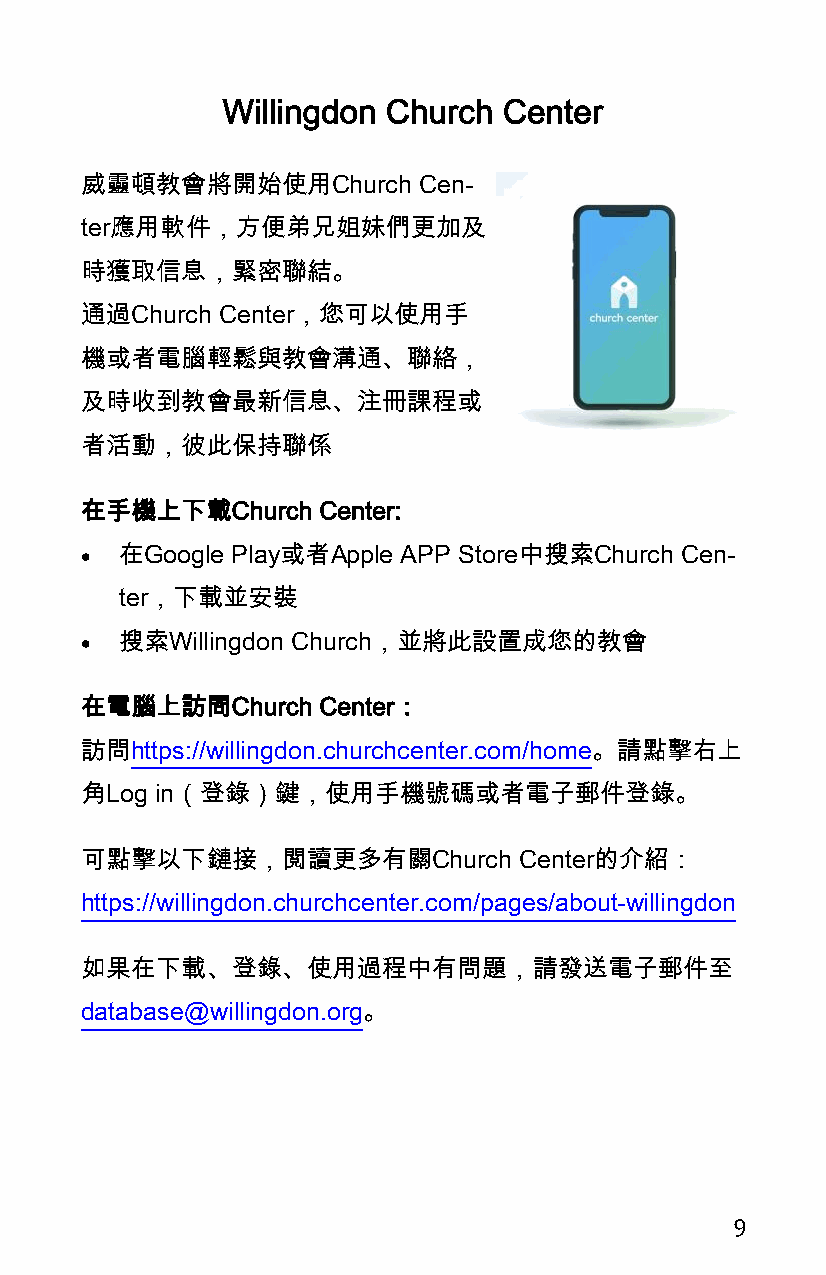
Willingdon Church Center
 威靈頓教會將開始使用Church       Cen-
 ter應用軟件，方便弟兄姐妹們更加及
 時獲取信息，緊密聯結。
 通過Church Center，您可以使用手
 機或者電腦輕鬆與教會溝通、聯絡，
 及時收到教會最新信息、注冊課程或
 者活動，彼此保持聯係
 在手機上下載Church    Center:
   在Google Play或者Apple APP Store中搜索Church Cen-
 ter，下載並安裝
   搜索Willingdon Church，並將此設置成您的教會
 在電腦上訪問Church    Center：
 訪問https://willingdon.churchcenter.com/home。請點擊右上
 角Log in（登錄）鍵，使用手機號碼或者電子郵件登錄。
 可點擊以下鏈接，閲讀更多有關Church         Center的介紹：
 https://willingdon.churchcenter.com/pages/about-willingdon
 如果在下載、登錄、使用過程中有問題，請發送電子郵件至
 database@willingdon.org。
 9